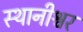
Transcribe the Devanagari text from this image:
स्थानीश्वर